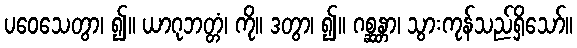
ပဝေသေတွာ၊ ၍။ ယာဂုဘတ္တံ၊ ကို။ ဒတွာ၊ ၍။ ဂစ္ဆန္တာ၊ သွားကုန်သည်ရှိသော်။